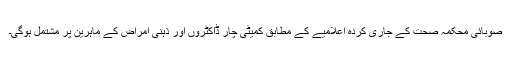
صوبائی محکمۂ صحت کے جاری کردہ اعلامیے کے مطابق کمیٹی چار ڈاکٹروں اور ذہنی امراض کے ماہرین پر مشتمل ہوگی۔